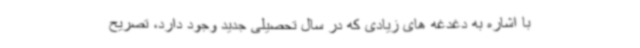
با اشاره به دغدغه های زیادی که در سال تحصیلی جدید وجود دارد، تصریح